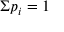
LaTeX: \Sigma p _ { i } = 1